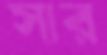
সার